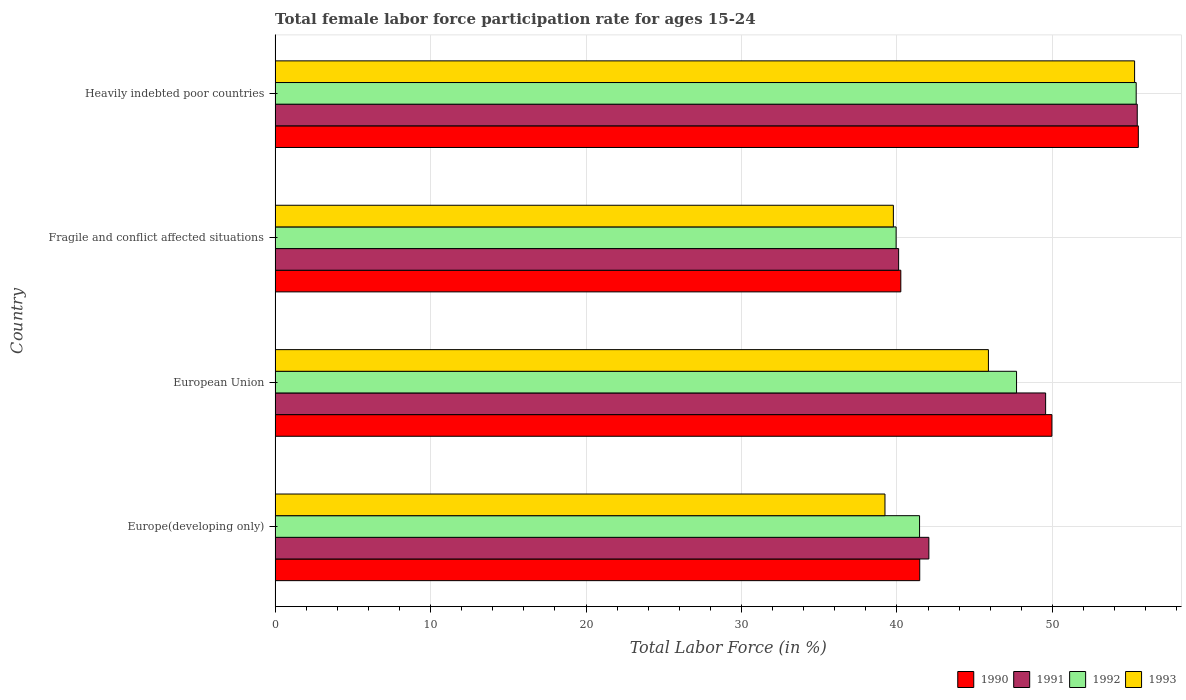
| Country | 1990 | 1991 | 1992 | 1993 |
 | --- | --- | --- | --- | --- |
 | Europe(developing only) | 41.5 | 42.1 | 41.5 | 39.2 |
 | European Union | 50 | 49.6 | 47.7 | 45.9 |
 | Fragile and conflict affected situations | 40.3 | 40.1 | 39.9 | 39.8 |
 | Heavily indebted poor countries | 55.5 | 55.5 | 55.4 | 55.3 |